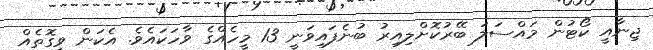
ޖިނާއީ ކޯޓުން މައްސަލަ ބޭރުކޮށްލިއިރު ބުނެފައިވަނީ 13 މީހެއްގެ ވާހަކައެވެ. އެކަން ވީގޮތެއް